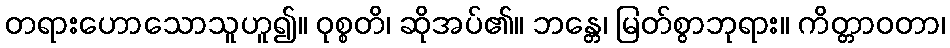
တရားဟောသောသူဟူ၍။ ဝုစ္စတိ၊ ဆိုအပ်၏။ ဘန္တေ၊ မြတ်စွာဘုရား။ ကိတ္တာဝတာ၊